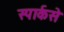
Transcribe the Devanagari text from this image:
स्पार्कसे